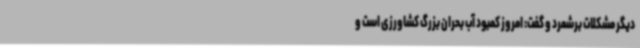
دیگر مشکلات برشمرد و گفت: امروز کمبود آب بحران بزرگ کشاورزی است و